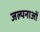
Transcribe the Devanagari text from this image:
जल्पनाओं